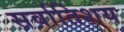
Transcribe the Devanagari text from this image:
सर्वातिशय